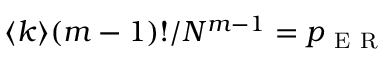
\langle k \rangle ( m - 1 ) ! / N ^ { m - 1 } = p _ { \mathrm { ~ E ~ R ~ } }